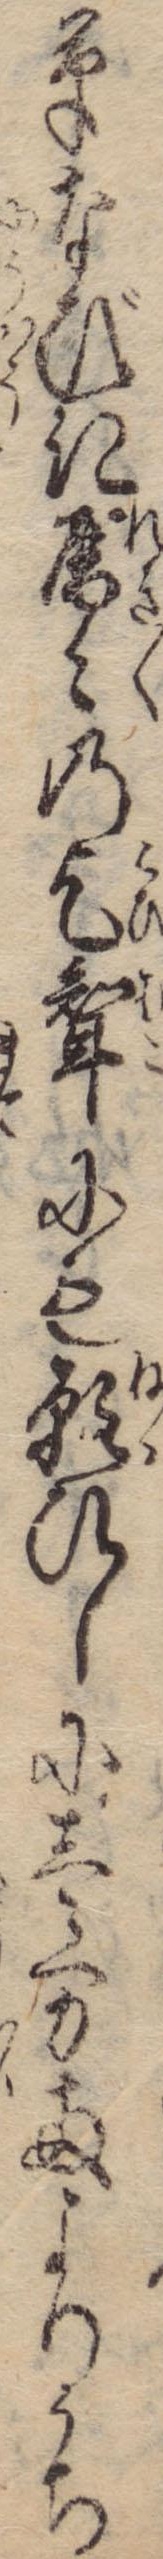
草なびき歴々の乞婿にも願ひしに壱万両よりうち